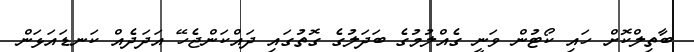
ބާތިލްކޮށް ހައި ކޯޓުން ވަނީ ގެއްލުމުގެ ބަދަލުގެ ގޮތުގައި ދައްކަންޖެހޭ އަދަދެއް ކަނޑައަޅަން